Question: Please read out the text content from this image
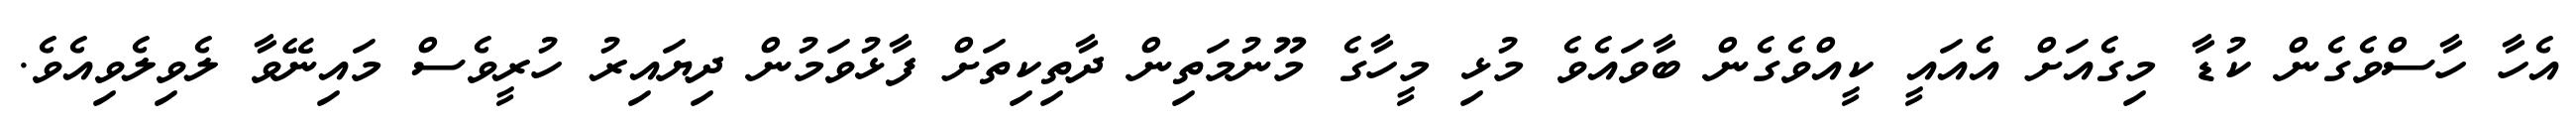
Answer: އެހާ ހާސްވެގެން ކުޑާ މިގެއަށް އެއައީ ކީއްވެގެން ބާވައެވެ މުޅި މީހާގެ މޫނުމަތިން ދާތިކިތަށް ފާޅުވަމުން ދިޔައިރު ހުރީވެސް މައިނޭވާ ލެވިލެވިއެވެ.